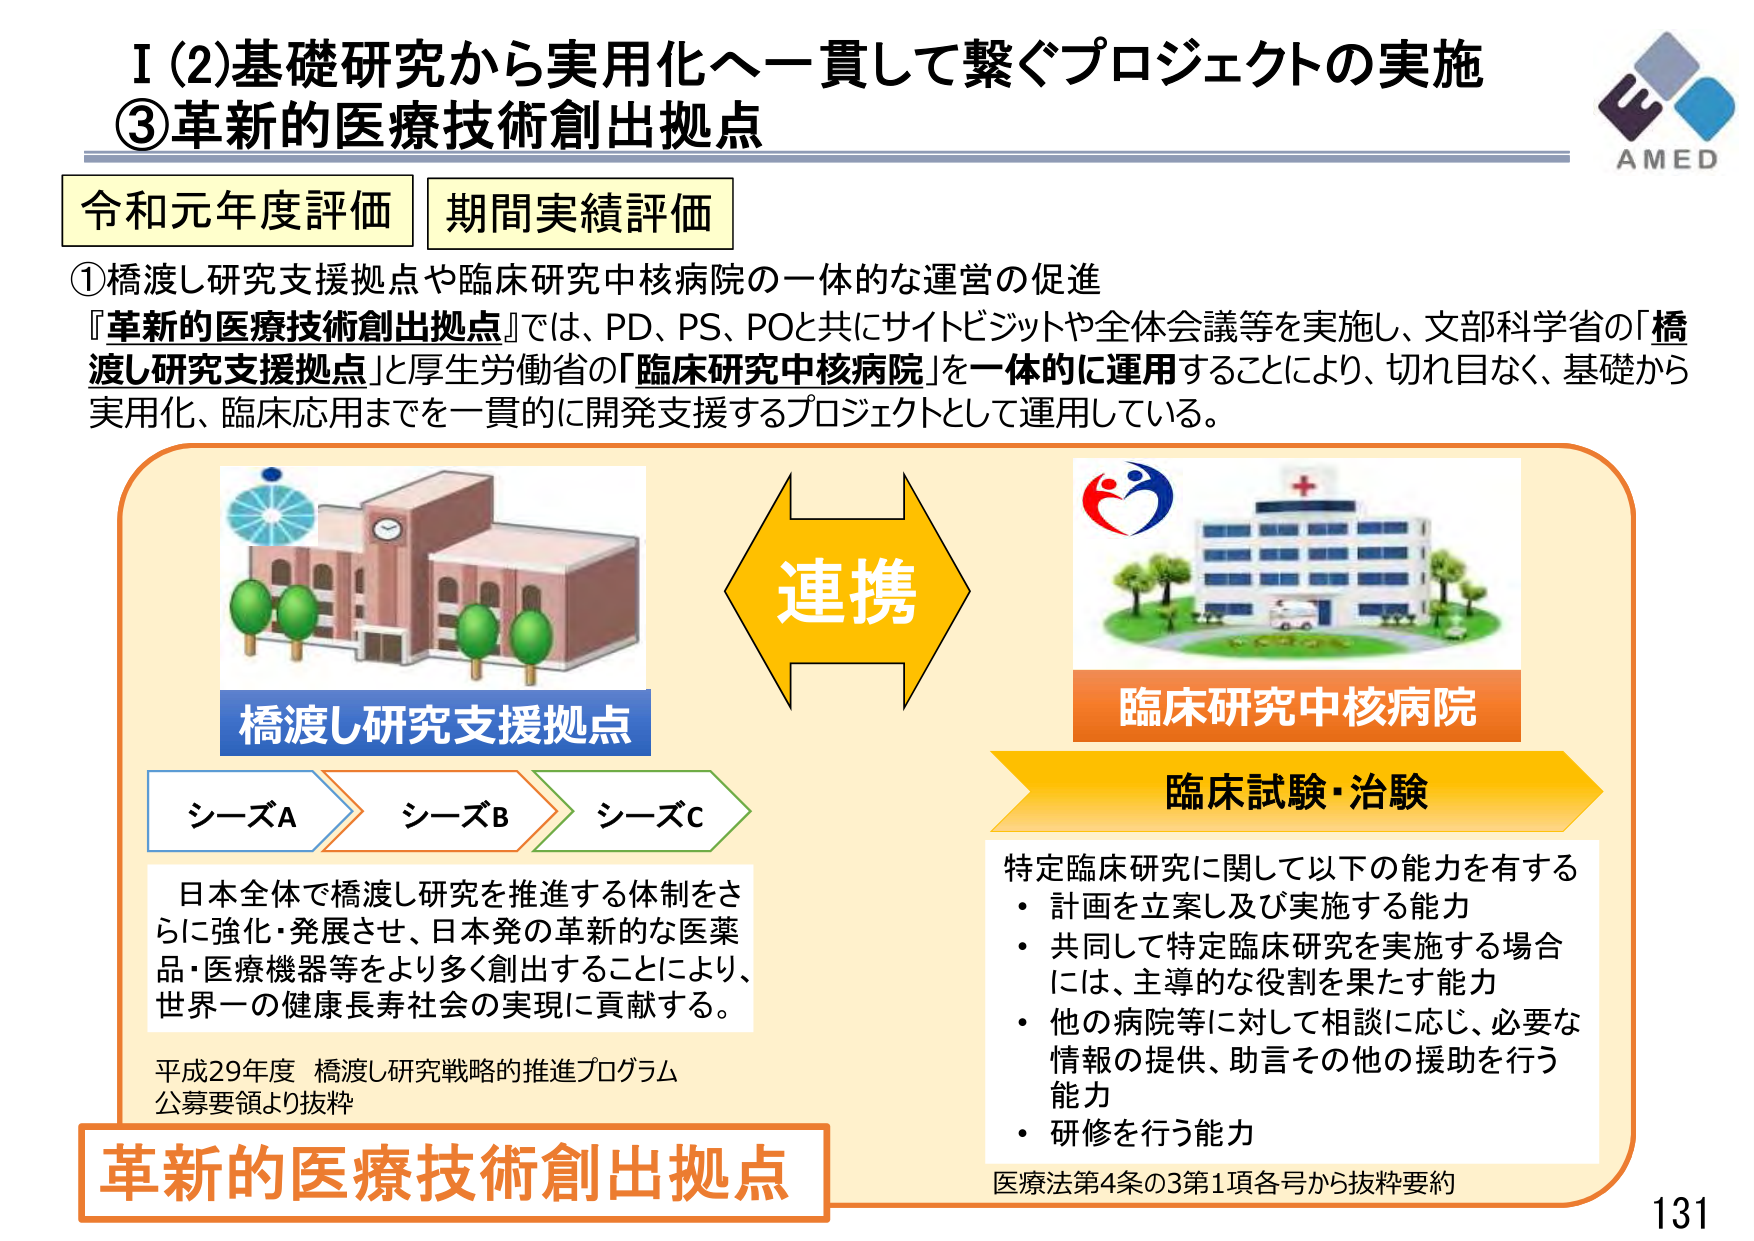
I (2) 基礎研究から実用化へ一貫して繋ぐプロジェクトの実施
③ 革新的医療技術創出拠点

令和元年度評価 期間実績評価

① 橋渡し研究支援拠点や臨床研究中核病院の一体的な運営の促進
『革新的医療技術創出拠点』では、PD、PS、POと共にサイトビジットや全体会議等を実施し、文部科学省の「橋渡し研究支援拠点」と厚生労働省の「臨床研究中核病院」を一体的に運用することにより、切れ目なく、基礎から実用化、臨床応用までを一貫的に開発支援するプロジェクトとして運用している。

連携

橋渡し研究支援拠点
シーザA シーザB シーザC
日本全体で橋渡し研究を推進する体制をさらに強化・発展させ、日本発の革新的な医薬品・医療機器等をより多く創出することにより、世界一の健康長寿社会の実現に貢献する。
平成29年度 橋渡し研究戦略の推進プログラム
公募要領より抜粋

臨床研究中核病院
臨床試験・治験
特定臨床研究に関して以下の能力を有する
・ 計画を立案し及び実施する能力
・ 共同して特定臨床研究を実施する場合には、主導的な役割を果たす能力
・ 他の病院等に対して相談に応じ、必要な情報の提供、助言その他の援助を行う能力
・ 研修を行う能力
医療法第4条の3第1項各号から抜粋要約

革新的医療技術創出拠点

AMED
131